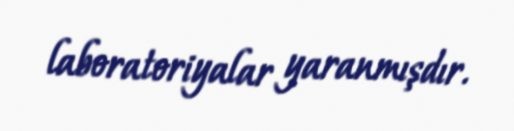
laboratoriyalar yaranmışdır.